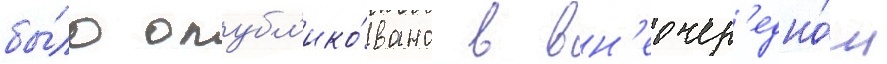
бы́ло опубл'ико́вано в вн'еочер'едно́м